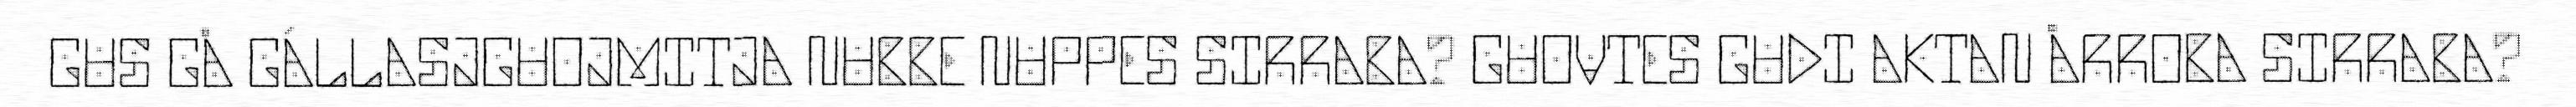
GUS GÅ GÁLLASJGUOJMITJA NUBBE NUPPES SIRRABA? GUOVTES GUDI AKTAN ÅRROBA SIRRABA?